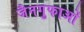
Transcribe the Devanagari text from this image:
जैनगुफाओं